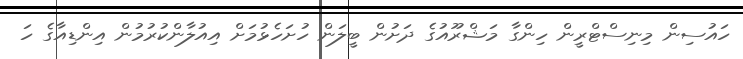
ހައުސިން މިނިސްޓްރީން ހިންގާ މަޝްރޫއުގެ ދަށުން ބީލަން ހުށަހެޅުމަށް އިއުލާންކުރުމުން އިންޑިއާގެ ހަ